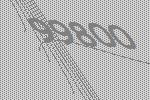
99800